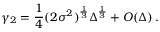
\gamma _ { 2 } = \frac { 1 } { 4 } ( 2 \sigma ^ { 2 } ) ^ { \frac { 1 } { 3 } } \Delta ^ { \frac { 1 } { 3 } } + O ( \Delta ) \, .